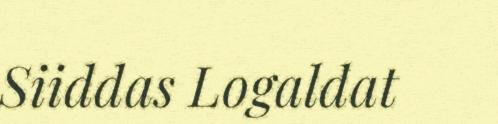
Siiddas Logaldat